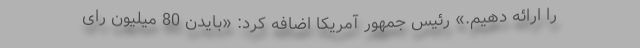
را ارائه دهیم.» رئیس جمهور آمریکا اضافه کرد: «بایدن 80 میلیون رای